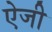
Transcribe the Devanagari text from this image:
ऐजी